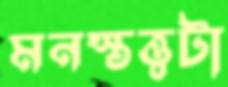
মনস্তত্ত্বটা